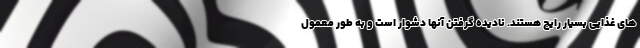
های غذایی بسیار رایج هستند. نادیده گرفتن آنها دشوار است و به طور معمول